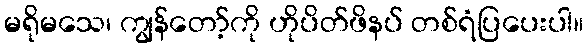
မရိုမသေ၊ ကျွန်တော့်ကို ဟိုပိတ်ဖိနပ် တစ်ရံပြပေးပါ။